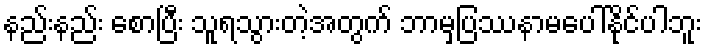
နည်းနည်း စောပြီး သူရသွားတဲ့အတွက် ဘာမှပြဿနာမပေါ်နိုင်ပါဘူး